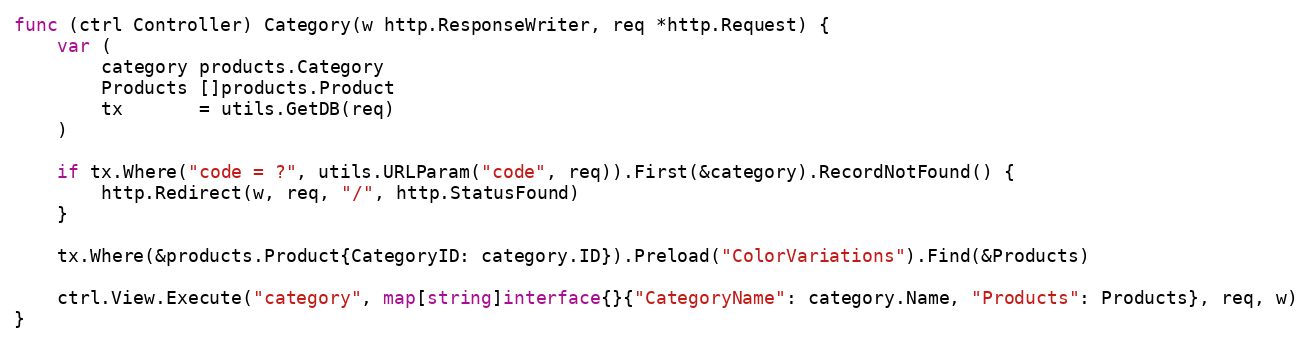
Language: Go
func (ctrl Controller) Category(w http.ResponseWriter, req *http.Request) {
	var (
		category products.Category
		Products []products.Product
		tx       = utils.GetDB(req)
	)

	if tx.Where("code = ?", utils.URLParam("code", req)).First(&category).RecordNotFound() {
		http.Redirect(w, req, "/", http.StatusFound)
	}

	tx.Where(&products.Product{CategoryID: category.ID}).Preload("ColorVariations").Find(&Products)

	ctrl.View.Execute("category", map[string]interface{}{"CategoryName": category.Name, "Products": Products}, req, w)
}